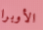
الأوبرا